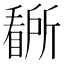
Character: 𭿡